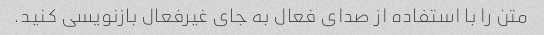
متن را با استفاده از صدای فعال به جای غیرفعال بازنویسی کنید.